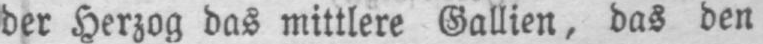
der Herzog das mittlere Gallien, das den